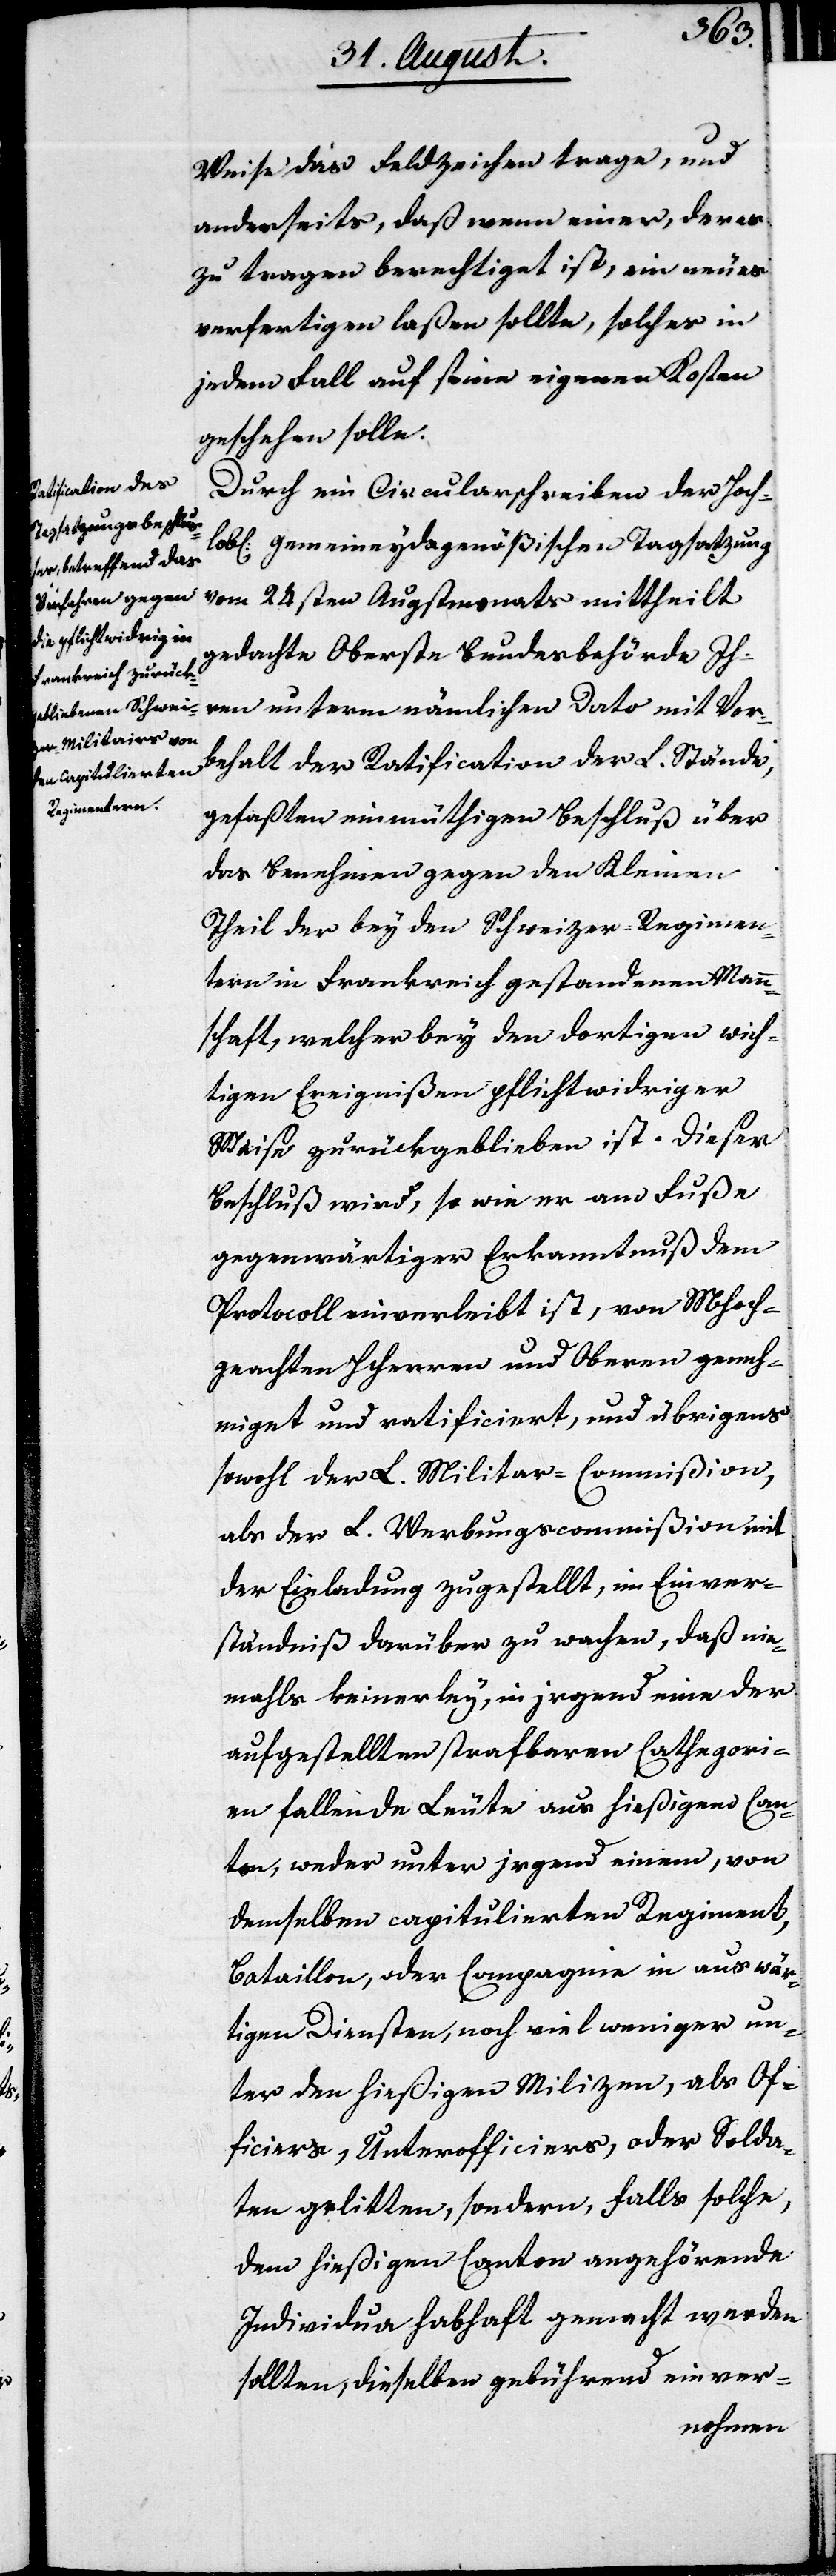
Weise das Feldzeichen trage, und
anderseits, daß wenn einer, der es
zu tragen berechtigt ist, ein neues
verfertigen laßen sollte, solches in
jedem Fall auf seine eigenen Kosten
geschehen solle.
Durch ein Circularschreiben der Hoch¬
lobl: gemeineydsgenößischen Tagsatzung
vom 24sten Augstmonats mittheilt
gedachte Oberste Bundesbehörde Ih¬
ren unterm nämlichen Dato mit Vor¬
behalt der Ratification der L. Stände,
gefaßten einmüthigen Beschluß über
das Benehmen gegen den Kleinen
Theil der bey den Schweizer-Regimen¬
tern in Frankreich gestandenen Mann¬
schaft, welcher bey den dortigen wich¬
tigen Ereignißen pflichtwidriger
Weise zurückgeblieben ist. Dieser
Beschluß wird, so wie er am Fuße
gegenwärtiger Erkanntnuß dem
Protocoll einverleibt ist, von MHoch¬
geachten HHerren und Obern geneh¬
migt und ratificiert, und übrigens
sowohl der L. Militar-Commißion,
als der L. WerbungsCommißion mit
der Einladung zugestellt, im Einver¬
ständniß darüber zu wachen, daß nie¬
mahls keinerley, in irgend eine der
aufgestellten strafbaren Cathegori¬
en fallende Leute aus hießigem Can¬
ton, weder unter irgend einem, von
demselben capitulierten Regiment,
Bataillon, oder Compagnie in auswär¬
tigen Diensten, noch viel weniger un¬
ter den hießigen Milizen, als Of¬
ficiers, Unterofficiers, oder Solda¬
ten gelitten, sondern, falls solche
dem hießigen Canton angehörende
Individua habhaft gemacht werden
sollten, dieselben gebührend einver-